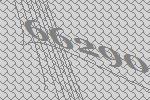
66290